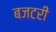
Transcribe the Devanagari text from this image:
बजटरी